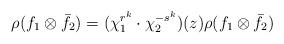
LaTeX: \begin{align*} \rho(f_1\otimes \bar f_2)=(\chi_1^{r^k}\cdot\chi_2^{-s^k})(z)\rho(f_1\otimes \bar f_2) \end{align*}